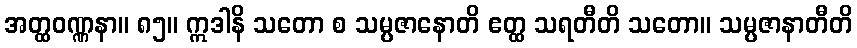
အတ္ထဝဏ္ဏနာ။ ၈၅။ ဣဒါနိ သတော စ သမ္ပဇာနောတိ ဧတ္ထ သရတီတိ သတော။ သမ္ပဇာနာတီတိ